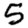
Digit: 5